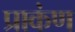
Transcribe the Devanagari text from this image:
प्राकंण